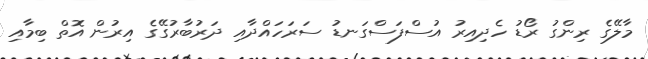
މާލޭގެ ރިންގު ރޯޑު ހެދިއިރު އުސްފަސްގަނޑު ސަރަހައްދާއި ދަރުބާރުގޭގެ އިރުން އޮތް ބިމާއި